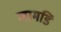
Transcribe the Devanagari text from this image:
लामडिं